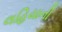
લહિયાની